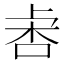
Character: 𣑅